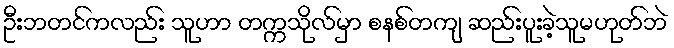
ဦးဘတင်ကလည်း သူဟာ တက္ကသိုလ်မှာ စနစ်တကျ ဆည်းပူးခဲ့သူမဟုတ်ဘဲ